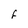
Character: F